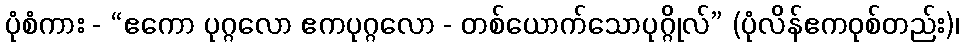
ပုံစံကား - “ဧကော ပုဂ္ဂလော ဧကပုဂ္ဂလော - တစ်ယောက်သောပုဂ္ဂိုလ်” (ပုံလိန်ဧကဝုစ်တည်း)၊